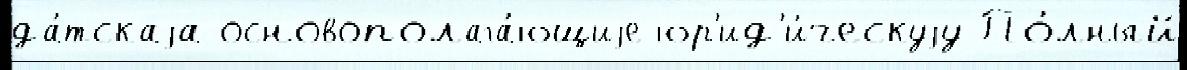
да́тскаjа основополага́ющиjе юр'ид'и́ческуjу По́лный